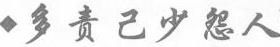
◆多责己少怨人